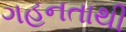
ગહનતાથી